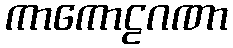
ကာကောဠဂဏာ